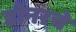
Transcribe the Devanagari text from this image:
डोनरचे